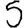
Digit: 5